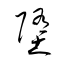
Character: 堕